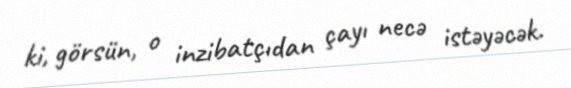
ki, görsün, o inzibatçıdan çayı necə istəyəcək.